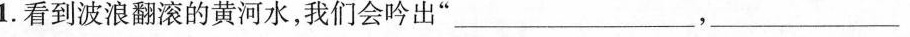
1.看到波浪翻滚的黄河水，我们会吟出”___ ，___